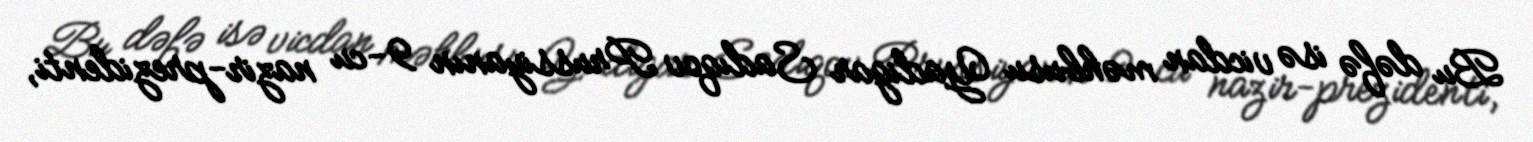
Bu dəfə isə vicdan məhbusu Yadigar Sadıqov Prussiyanın 9-cu nazir-prezidenti,